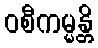
ဝစီကမ္မန္တိ